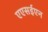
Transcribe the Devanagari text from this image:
एएसईएन